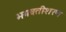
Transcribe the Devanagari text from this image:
भगवतीशरण